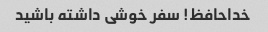
خداحافظ! سفر خوشی داشته باشید